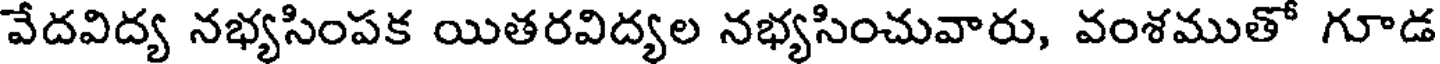
వేదవిద్య నభ్యసింపక యితరవిద్యల నభ్యసించువారు, వంశముతో గూడ